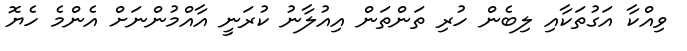
ވިއްކާ އަގުތަކާއި ލިބެން ހުރި ތަންތަން އިއުލާނު ކުރަނީ އާއްމުންނަށް އެންމެ ހެޔޮ